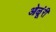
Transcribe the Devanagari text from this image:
ओळूंरी